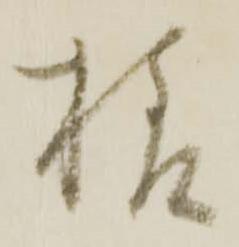
様